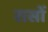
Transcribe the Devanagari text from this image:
रासों